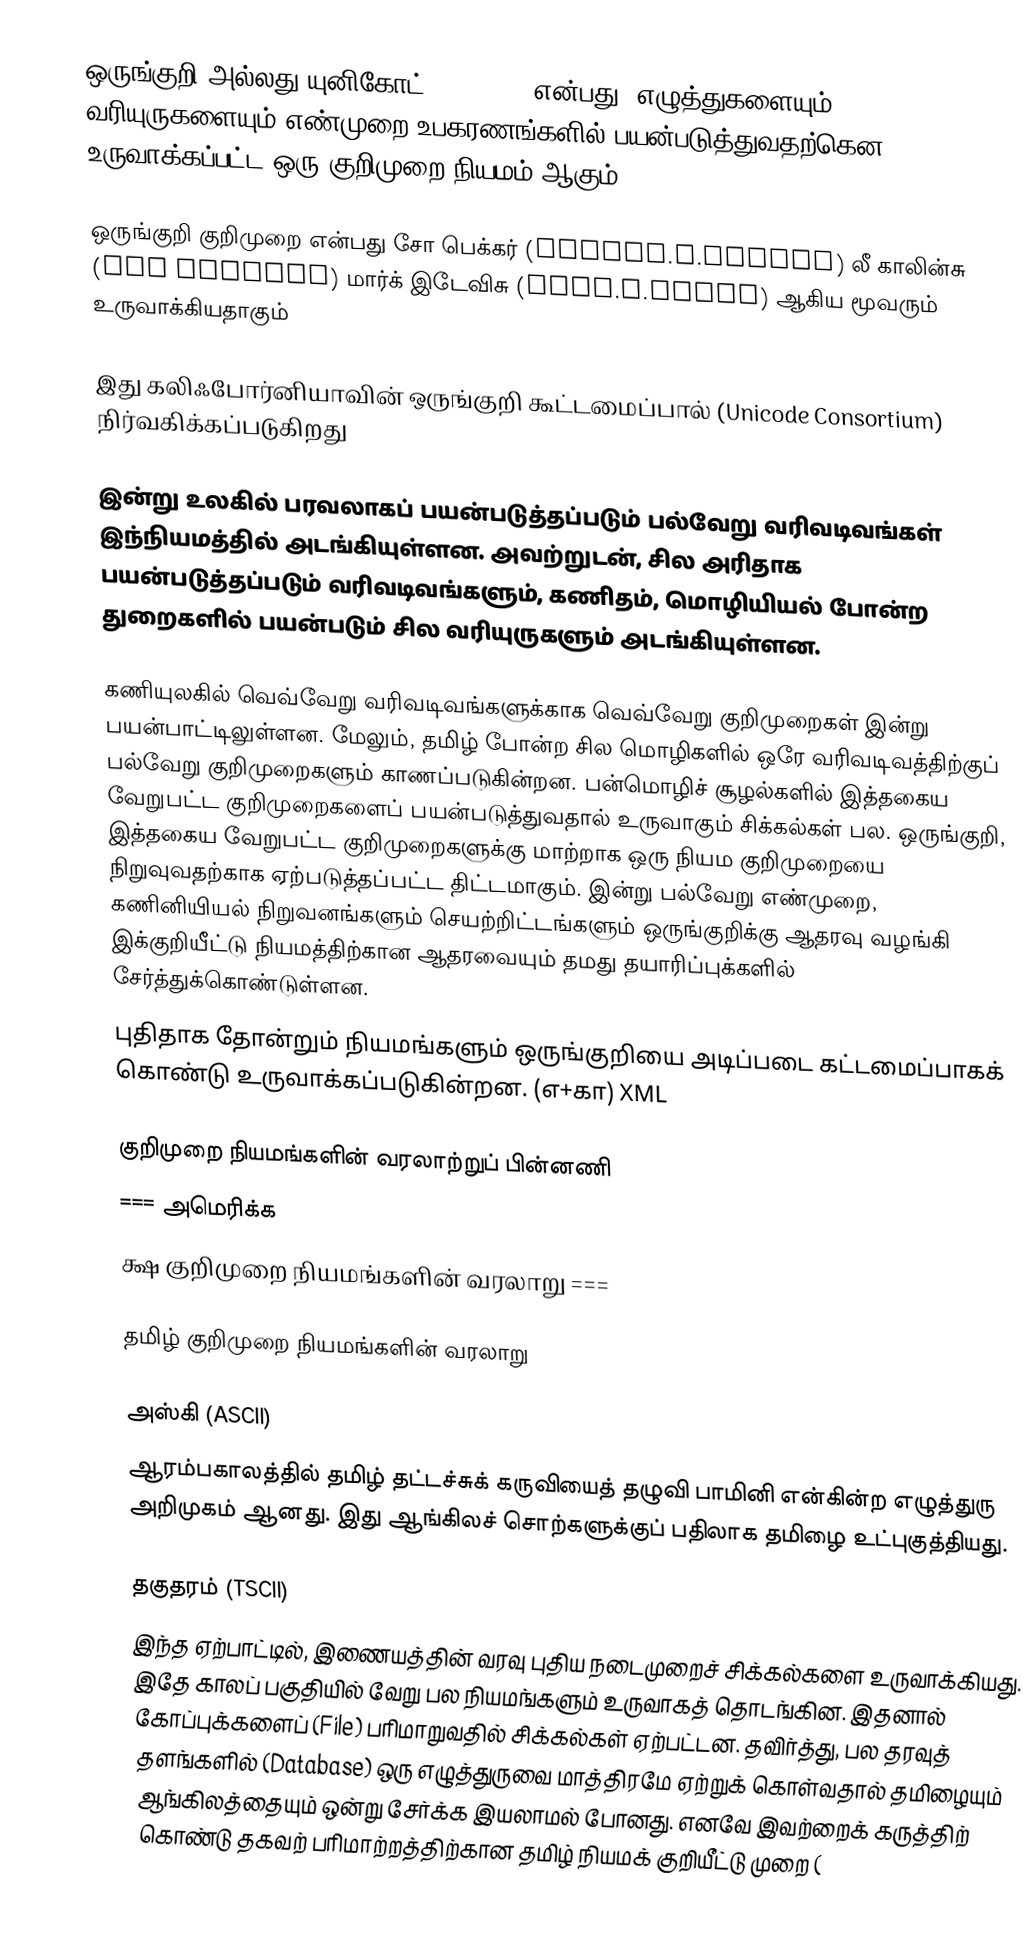
ஒருங்குறி அல்லது யுனிகோட் (Unicode) என்பது, எழுத்துகளையும் வரியுருகளையும் எண்முறை உபகரணங்களில் பயன்படுத்துவதற்கென உருவாக்கப்பட்ட ஒரு குறிமுறை நியமம் ஆகும்.

ஒருங்குறி குறிமுறை என்பது சோ பெக்கர் (Joseph.D.Becker)  லீ காலின்சு (Lee Collins) மார்க் இடேவிசு  (Mark.E.Davis) ஆகிய மூவரும் உருவாக்கியதாகும்

இது கலிஃபோர்னியாவின் ஒருங்குறி கூட்டமைப்பால் (Unicode Consortium) நிர்வகிக்கப்படுகிறது

இன்று உலகில் பரவலாகப் பயன்படுத்தப்படும் பல்வேறு வரிவடிவங்கள் இந்நியமத்தில் அடங்கியுள்ளன. அவற்றுடன், சில அரிதாக பயன்படுத்தப்படும் வரிவடிவங்களும், கணிதம், மொழியியல் போன்ற துறைகளில் பயன்படும் சில வரியுருகளும் அடங்கியுள்ளன.

கணியுலகில் வெவ்வேறு வரிவடிவங்களுக்காக வெவ்வேறு குறிமுறைகள் இன்று பயன்பாட்டிலுள்ளன. மேலும், தமிழ் போன்ற சில மொழிகளில் ஒரே வரிவடிவத்திற்குப் பல்வேறு குறிமுறைகளும் காணப்படுகின்றன. பன்மொழிச் சூழல்களில் இத்தகைய வேறுபட்ட குறிமுறைகளைப் பயன்படுத்துவதால் உருவாகும் சிக்கல்கள் பல. ஒருங்குறி, இத்தகைய வேறுபட்ட குறிமுறைகளுக்கு மாற்றாக ஒரு நியம குறிமுறையை நிறுவுவதற்காக ஏற்படுத்தப்பட்ட திட்டமாகும். இன்று பல்வேறு எண்முறை, கணினியியல் நிறுவனங்களும் செயற்றிட்டங்களும் ஒருங்குறிக்கு ஆதரவு வழங்கி இக்குறியீட்டு நியமத்திற்கான ஆதரவையும் தமது தயாரிப்புக்களில் சேர்த்துக்கொண்டுள்ளன.
புதிதாக தோன்றும் நியமங்களும் ஒருங்குறியை அடிப்படை கட்டமைப்பாகக் கொண்டு உருவாக்கப்படுகின்றன. (எ+கா) XML

குறிமுறை நியமங்களின் வரலாற்றுப் பின்னணி
=== அமெரிக்க
க்ஷ குறிமுறை நியமங்களின் வரலாறு ===

தமிழ் குறிமுறை நியமங்களின் வரலாறு

அஸ்கி (ASCII)
ஆரம்பகாலத்தில் தமிழ் தட்டச்சுக் கருவியைத் தழுவி பாமினி என்கின்ற எழுத்துரு அறிமுகம் ஆனது. இது ஆங்கிலச் சொற்களுக்குப் பதிலாக தமிழை உட்புகுத்தியது.

தகுதரம் (TSCII)
இந்த ஏற்பாட்டில், இணையத்தின் வரவு புதிய நடைமுறைச் சிக்கல்களை உருவாக்கியது. இதே காலப் பகுதியில் வேறு பல நியமங்களும் உருவாகத் தொடங்கின. இதனால் கோப்புக்களைப் (File) பரிமாறுவதில் சிக்கல்கள் ஏற்பட்டன. தவிர்த்து, பல தரவுத் தளங்களில் (Database) ஒரு எழுத்துருவை மாத்திரமே ஏற்றுக் கொள்வதால் தமிழையும் ஆங்கிலத்தையும் ஒன்று சேர்க்க இயலாமல் போனது. எனவே இவற்றைக் கருத்திற் கொண்டு தகவற் பரிமாற்றத்திற்கான தமிழ் நியமக் குறியீட்டு முறை (